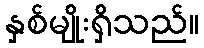
နှစ်မျိုးရှိသည်။